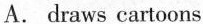
A. draws cartoons